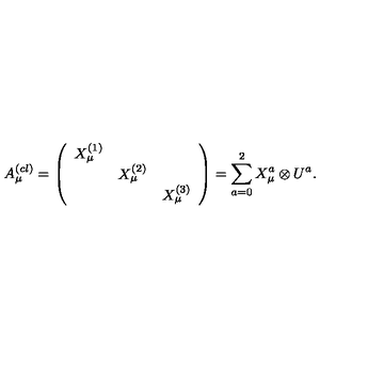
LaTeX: A _ { \mu } ^ { ( c l ) } = \left( \begin{array} { c c c } { X _ { \mu } ^ { ( 1 ) } } & { } & { } \\ { } & { X _ { \mu } ^ { ( 2 ) } } & { } \\ { } & { } & { X _ { \mu } ^ { ( 3 ) } } \\ \end{array} \right) = \sum _ { a = 0 } ^ { 2 } X _ { \mu } ^ { a } \otimes U ^ { a } .